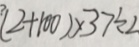
( 2 + 1 0 0 ) \times 3 7 \div 2